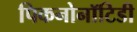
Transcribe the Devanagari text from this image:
पिकनोनॉटिडी